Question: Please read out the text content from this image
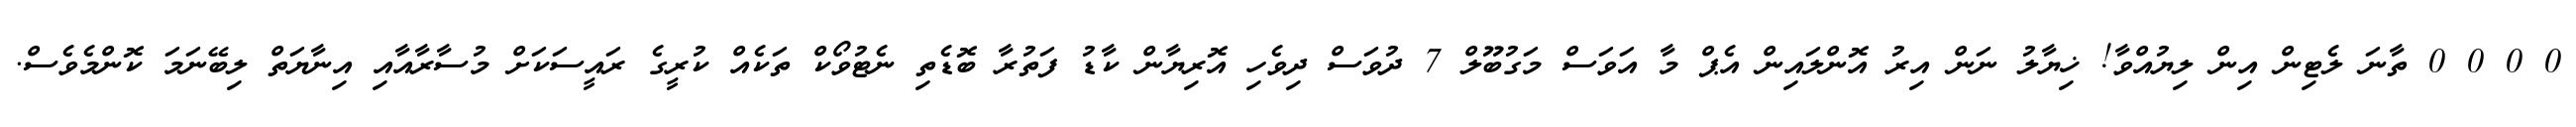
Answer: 0 0 0 0 ތާނަ ލެޓިން އިން ލިޔުއްވާ! ޚިޔާލު ނަން އިރު އޮންލައިން އެޕް މާ އަވަސް މަގުބޫލް 7 ދުވަސް ދިވެހި އޮރިޔާން ކާޑު ފަތުރާ ބޮޑެތި ނެޓުވޯކް ތަކެއް ކުރީގެ ރައީސަކަށް މުސާރާއާއި އިނާޔަތް ލިބޭނަމަ ކޮންމެވެސް.